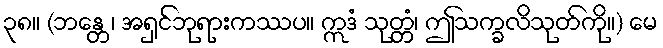
၃၈။ (ဘန္တေ၊ အရှင်ဘုရားကဿပ။ ဣဒံ သုတ္တံ၊ ဤသက္ခလိသုတ်ကို။) မေ